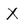
Character: X